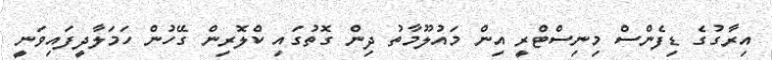
އިރާގުގެ ޑިފެންސް މިނިސްޓްރީ އިން މައުލޫމާތު ދިން ގޮތުގައި ކްލޮރިން ގޭހުން ހަމަލާދީފައިވަނީ